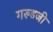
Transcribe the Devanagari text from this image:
गरुडजी